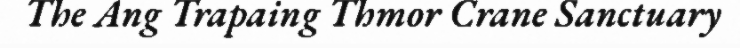
The Ang Trapaing Thmor Crane Sanctuary